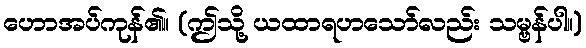
ဟောအပ်ကုန်၏။ (ဤသို့ ယထာရဟသော်လည်း သမ္ဗန်ပါ။)